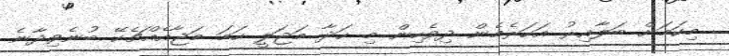
މިކަމަށް ބަލާއިރު އަހަރެމެން ދިވެހިން މި ހަދާ މަޖަލީ ހަމަ މަޖާއެއްޗެކޭ ބުނެވިދާނެ